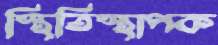
স্থিতিস্থাপক